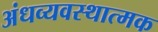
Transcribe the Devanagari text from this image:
अंधव्यवस्थात्मक